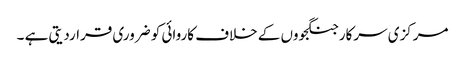
مرکزی سرکار جنگجووں کے خلاف کاروائی کو ضروری قراردیتی ہے ۔